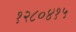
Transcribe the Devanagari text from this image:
१२८०४१५